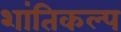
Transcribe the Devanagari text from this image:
शांतिकल्प